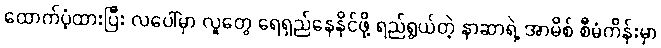
ထောက်ပံ့ထားပြီး လပေါ်မှာ လူတွေ ရေရှည်နေနိုင်ဖို့ ရည်ရွယ်တဲ့ နာဆာရဲ့ အာမိစ် စီမံကိန်းမှာ